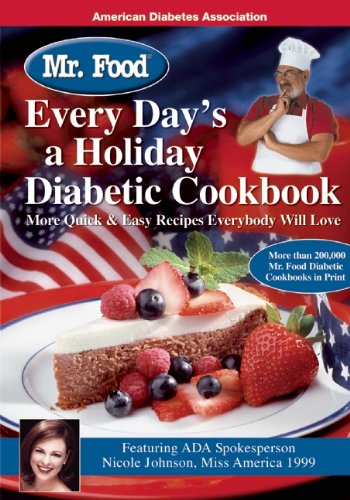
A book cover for Mr. Food Every Day's a Holiday Diabetic Cooking; Art Ginsburg; Health, Fitness & Dieting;